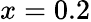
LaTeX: x=0.2